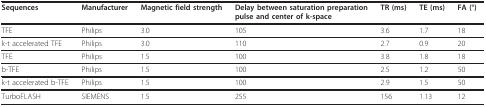
<table><thead><tr><td><b>Sequences</b></td><td><b>Manufacturer</b></td><td><b>Magnetic field strength</b></td><td><b>Delay between saturation preparation pulse and center of k-space</b></td><td><b>TR (ms)</b></td><td><b>TE (ms)</b></td><td><b>FA (°)</b></td></tr></thead><tbody><tr><td>TFE</td><td>Philips</td><td>3.0</td><td>105</td><td>3.6</td><td>1.7</td><td>18</td></tr><tr><td>k-t accelerated TFE</td><td>Philips</td><td>3.0</td><td>110</td><td>2.7</td><td>0.9</td><td>20</td></tr><tr><td>TFE</td><td>Philips</td><td>1.5</td><td>100</td><td>3.8</td><td>1.8</td><td>18</td></tr><tr><td>b-TFE</td><td>Philips</td><td>1.5</td><td>100</td><td>2.5</td><td>1.2</td><td>50</td></tr><tr><td>k-t accelerated b-TFE</td><td>Philips</td><td>1.5</td><td>100</td><td>2.9</td><td>1.5</td><td>50</td></tr><tr><td>TurboFLASH</td><td>SIEMENS</td><td>1.5</td><td>255</td><td>156</td><td>1.13</td><td>12</td></tr></tbody></table>